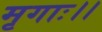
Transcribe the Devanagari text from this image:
मृगाः।।